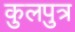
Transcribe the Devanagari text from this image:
कुलपुत्र